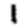
Digit: 1